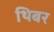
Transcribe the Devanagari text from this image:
थिबर